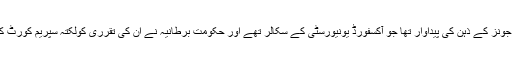
اس کے قیام کا منصوبہ سرولیم جونز کے ذہن کی پیداوار تھا جو آکسفورڈ یونیورسٹی کے سکالر تھے اور حکومت برطانیہ نے ان کی تقرری کولکتہ سپریم کورٹ کے جج کی حیثیت سے کی تھی۔